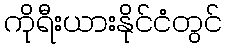
ကိုရီးယားနိုင်ငံတွင်